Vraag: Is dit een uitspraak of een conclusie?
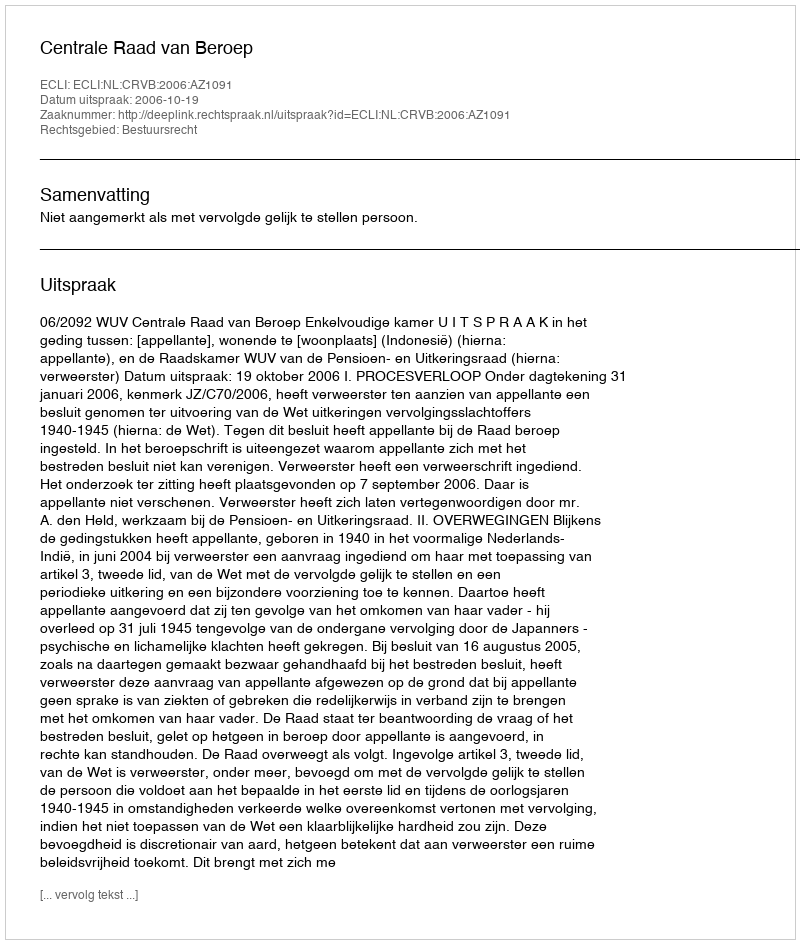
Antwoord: Uitspraak